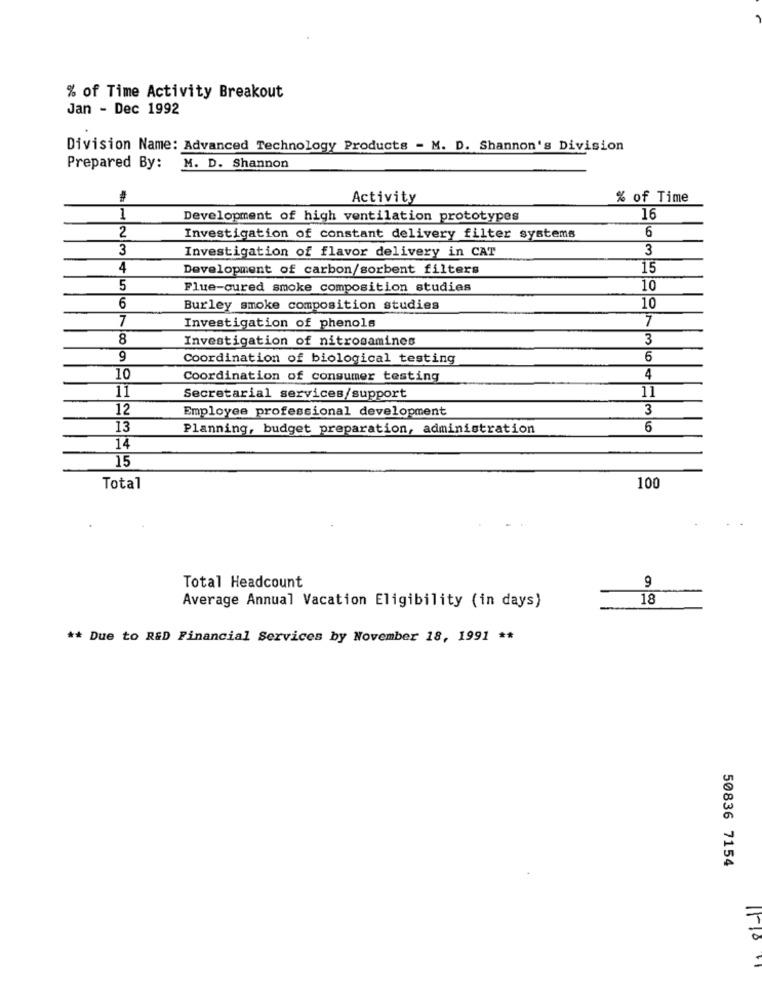
% of Time Activity Breakout
Jan - Dec 1992
Division Name: Advanced Technology Products - M. D. Shannon's Division
Prepared By: M. D. Shannon
Activity
% of Time
1
Development of high ventilation prototypes
16
2
6
Investigation of constant delivery filter systems
3
3
Investigation of flavor delivery in CAT
4
Development of carbon/sorbent filters
15
5
Flue-cured smoke composition studies
10
6
Burley smoke composition studies
10
7
7
Investigation of phenols
8
Investigation of nitrosamines
3
9
Coordination of biological testing
6
10
Coordination of consumer testing
4
11
Secretarial services/support
11
12
Employee professional development
3
13
Planning, budget preparation, administration
6
14
15
Total
100
9
Total Headcount
18
Average Annual Vacation Eligibility (in days)
** Due to R&D Financial Services by November 18, 1991 **
50836 7154
11-18